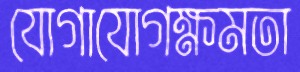
যোগাযোগক্ষমতা